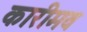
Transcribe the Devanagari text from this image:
कारीमव